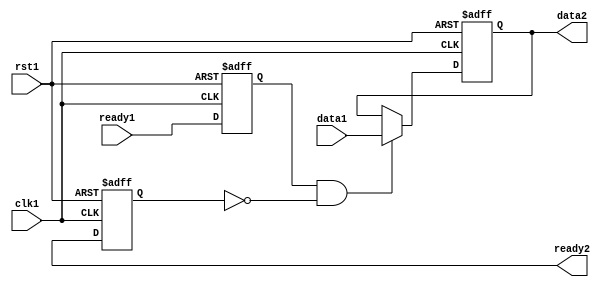
module Synchronizer (
    input wire clk1,         // clock signal for domain 1
    input wire rst1,         // reset signal for domain 1
    input wire data1,        // data signal from domain 1
    output reg data2,        // synchronized data signal for domain 2
    input wire ready1,       // ready signal from domain 1
    output wire ready2       // ready signal for domain 2
);

reg sync1, sync2;

// Flip-flop to synchronize handshaking signals
always @(posedge clk1 or posedge rst1) begin
    if (rst1) begin
        sync1 <= 0;
        sync2 <= 0;
    end else begin
        sync1 <= ready1;
        sync2 <= ready2;
    end
end

// Synchronization logic for data transfer
always @(posedge clk1 or posedge rst1) begin
    if (rst1) begin
        data2 <= 0;
    end else begin
        if (sync1 && ~sync2) begin
            data2 <= data1;
        end
    end
end

endmodule